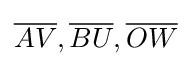
{\overline {AV}},{\overline {BU}},{\overline {OW}}